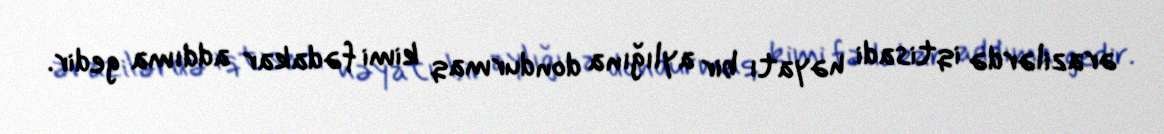
ərazilərdə iqtisadi həyatı bir aylığına dondurmaq kimi fədakar addıma gedir.